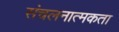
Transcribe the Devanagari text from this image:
संचलनात्मकता